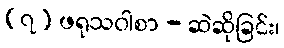
(၇) ဖရုသဝါစာ - ဆဲဆိုခြင်း၊